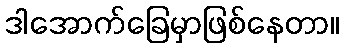
ဒါအောက်ခြေမှာဖြစ်နေတာ။